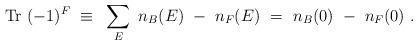
LaTeX: \begin{align*}{\rm Tr}~(-1)^F ~\equiv~\sum_E ~ n_B (E) ~-~ n_F (E) ~=~ n_B (0) ~-~ n_F (0) ~.\end{align*}